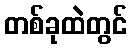
တစ်ခုထဲတွင်